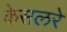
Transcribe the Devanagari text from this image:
केसलरे